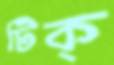
টিক্‌